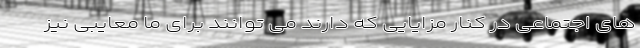
های اجتماعی در کنار مزایایی که دارند می توانند برای ما معایبی نیز